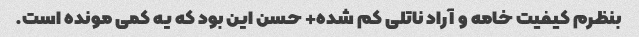
بنظرم کیفیت خامه و آراد ناتلی کم شده+ حسن این بود که یه کمی مونده است.